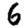
Digit: 6